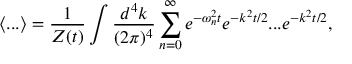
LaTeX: \langle . . . \rangle = \frac { 1 } { Z ( t ) } \int \frac { d ^ { 4 } k } { ( 2 \pi ) ^ { 4 } } \sum _ { n = 0 } ^ { \infty } e ^ { - \omega _ { n } ^ { 2 } t } e ^ { - k ^ { 2 } t / 2 } . . . e ^ { - k ^ { 2 } t / 2 } ,